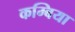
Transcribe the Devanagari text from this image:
कम्बिया